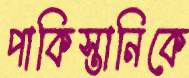
পাকিস্তানিকে